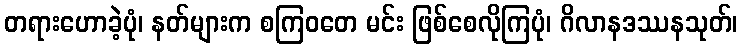
တရားဟောခဲ့ပုံ၊ နတ်များက စကြဝတေ မင်း ဖြစ်စေလိုကြပုံ၊ ဂိလာနဒဿနသုတ်၊